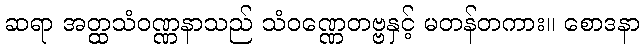
ဆရာ အတ္ထသံဝဏ္ဏနာသည် သံဝဏ္ဏေတဗ္ဗနှင့် မတန်တကား။ စောဒနာ